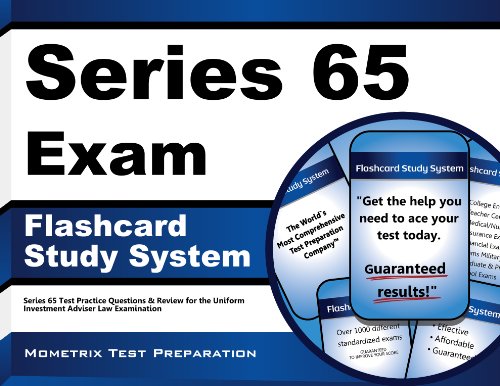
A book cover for Series 65 Exam Flashcard Study System: Series 65 Test Practice Questions & Review for the Uniform Investment Adviser Law Examination (Cards); Series 65 Exam Secrets Test Prep Team; Test Preparation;